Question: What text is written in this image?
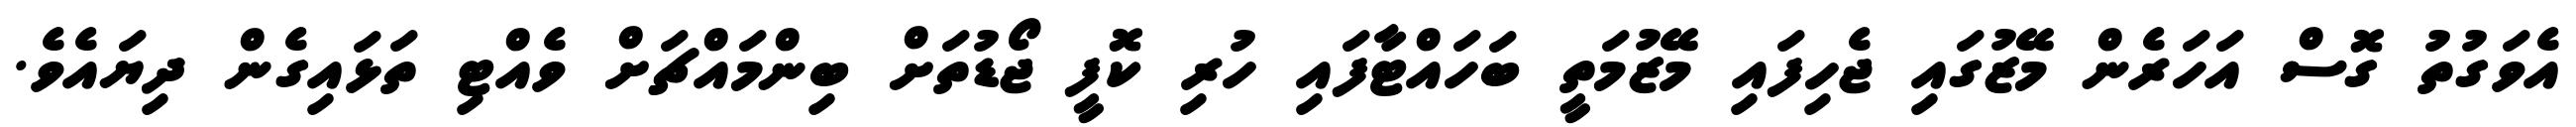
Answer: އެވަގުތު ގޮސް އަހަރެން މޭޒުގައި ޖެހިފައި މޭޒުމަތީ ބަހައްޓާފައި ހުރި ކޮފީ ޖޯޑުތަށް ބިންމައްޗަށް ވެއްޓި ތަޅައިގެން ދިޔައެވެ.